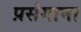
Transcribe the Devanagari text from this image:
प्रसंगाना